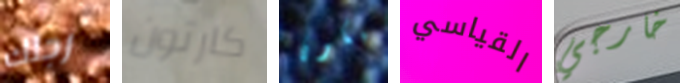
رجلك كارتون سيكون القياسي خارجي